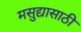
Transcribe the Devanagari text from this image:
मसुद्यासाठी